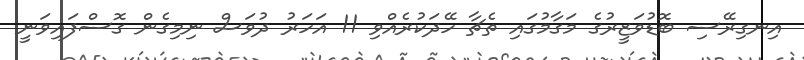
އިނގިރޭސި ބޮޑުވަޒީރުގެ މަގާމުގައި ތެޗާ ހޭދަކުރެއްވި 11 އަހަރު ދުވަސް ނިމިގެން ގޮސްފައިވަނީ